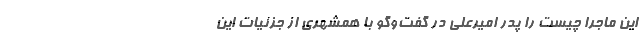
این ماجرا چیست را پدر امیرعلی در گفت‌وگو با همشهری از جزئیات این